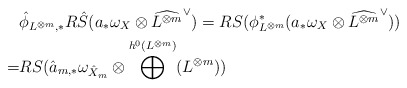
\begin{align*}&\hat{\phi}_{L^{\otimes m},*} R\hat{S}(a_*\omega_X\otimes\widehat{L^{\otimes m}}^{\vee})=RS(\phi_{L^{\otimes m}}^*(a_*\omega_X\otimes\widehat{L^{\otimes m}}^{\vee})) \\=& RS(\hat{a}_{m,*}\omega_{\hat{X}_m}\otimes\bigoplus^{h^0(L^{\otimes m})}(L^{\otimes m}))\end{align*}